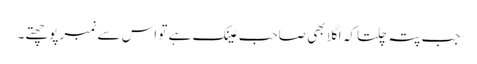
جب پتہ چلتا کہ اگلا بھی صاحبِ عینک ہے تو اس سے نمبر پوچھتے۔